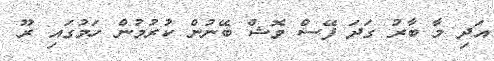
އަދި މާ ބާރު ގަދަ ފޭސް ވޮޝް ބޭނުން ކުރުމުން ހަމުގައި ރޫ